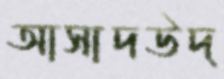
আসাদউদ্